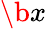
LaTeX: \b x